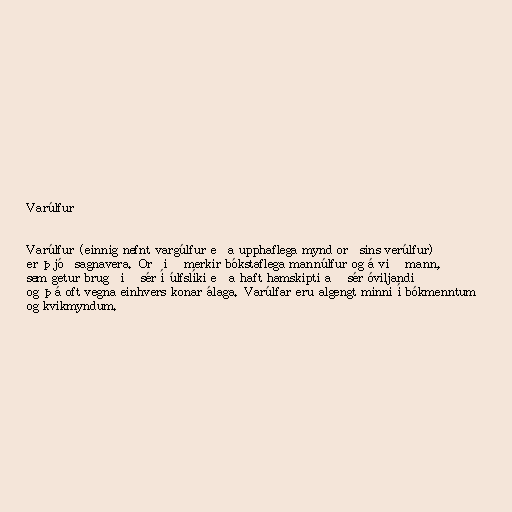
Varúlfur

Varúlfur (einnig nefnt vargúlfur eða upphaflega mynd orðsins verúlfur)
er þjóðsagnavera. Orðið merkir bókstaflega mannúlfur og á við mann,
sem getur brugðið sér í úlfslíki eða haft hamskipti að sér óviljandi
og þá oft vegna einhvers konar álaga. Varúlfar eru algengt minni í bókmenntum
og kvikmyndum.